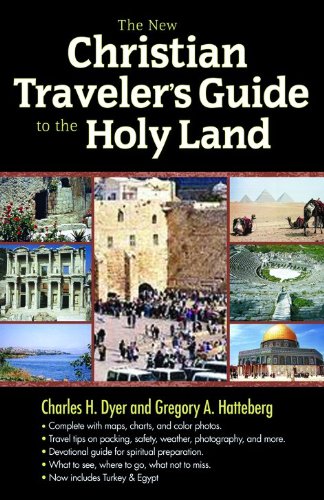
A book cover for The New Christian Traveler's Guide to the Holy Land; Charles H. Dyer; Travel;